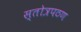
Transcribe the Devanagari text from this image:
स्तोत्रपठण